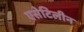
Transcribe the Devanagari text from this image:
एसेटिलीन